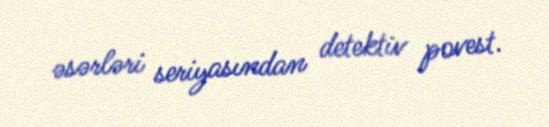
əsərləri seriyasından detektiv povest.